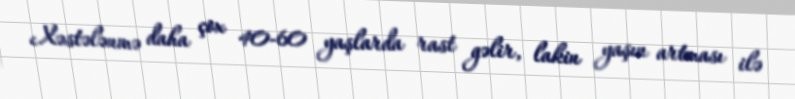
Xəstələnmə daha çox 40-60 yaşlarda rast gəlir, lakin yaşın artması ilə